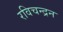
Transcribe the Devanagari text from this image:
रविचन्द्रन